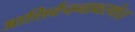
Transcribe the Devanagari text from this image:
आशिर्वचनावस्थेत